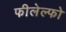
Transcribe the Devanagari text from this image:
फीलेल्फो